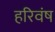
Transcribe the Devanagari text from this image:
हरिवंष